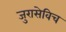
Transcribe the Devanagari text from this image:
जुरासेविच